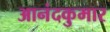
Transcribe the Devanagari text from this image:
आनंदकुमार